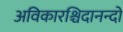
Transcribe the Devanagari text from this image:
अविकारश्चिदानन्दो